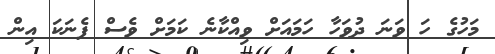
މަހުގެ ހަ ވަނަ ދުވަހާ ހަމައަށް ވިއްކާނެ ކަމަށް ވެސް ފެނަކަ އިން